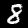
Label: 8